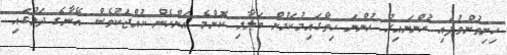
ހިނިތުންވުފައި ހުންނައިރު ހުންނަ ހިތްގައިމުކަމުން ބަލާލި ކޮންމެ އަންހެން ކުއްޖަކުވެސް އޭނާގެ ދަލުގައި